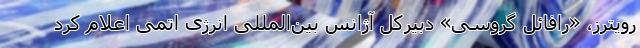
رویترز، «رافائل گروسی» دبیرکل آژانس بین‌المللی انرژی اتمی اعلام کرد